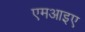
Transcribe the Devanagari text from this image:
एमआइए